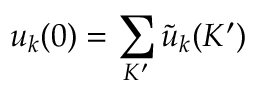
u _ { k } ( 0 ) = \sum _ { K ^ { \prime } } { \tilde { u } } _ { k } ( K ^ { \prime } )